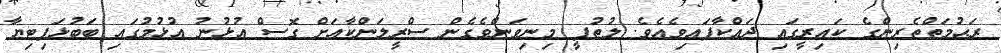
ރަޙުމަތްތެރިންގެ ކައިރީގައި ދައްކާފައިވެއެވެ. ލުޠުފީ މިނިވަންވެގެން ސްރީލަންކާއަށް ގޮސް އުޅުނު އުޅުމުގައި ބަބުޅަޕިޓިޔާ